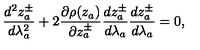
\frac { d ^ { 2 } z _ { a } ^ { \pm } } { d \lambda _ { a } ^ { 2 } } + 2 \frac { \partial \rho ( z _ { a } ) } { \partial z _ { a } ^ { \pm } } \frac { d z _ { a } ^ { \pm } } { d \lambda _ { a } } \frac { d z _ { a } ^ { \pm } } { d \lambda _ { a } } = 0 ,